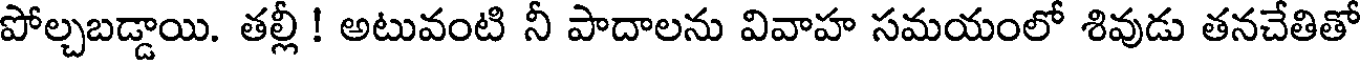
పోల్చబడ్డాయి. తల్లీ ! అటువంటి నీ పాదాలను వివాహ సమయంలో శివుడు తనచేతితో